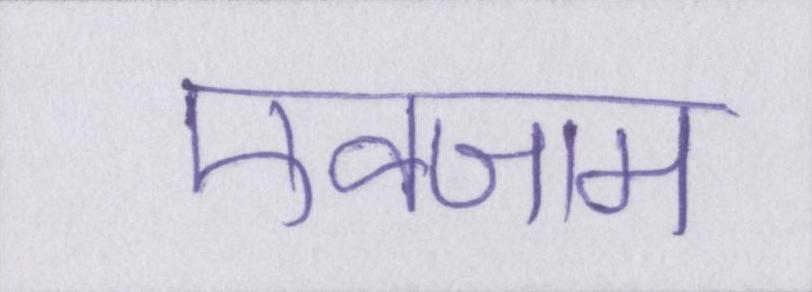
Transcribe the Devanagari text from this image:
एक्जाम